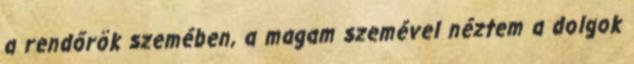
a rendőrök szemében, a magam szemével néztem a dolgok